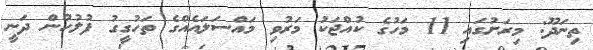
ތިނަދޫ: މިރަށުގައި 11 މަހުގެ ކުއްޖަކު މަރުވި މައްސަލައެއްގެ ތަހުގީގު ފުލުހުން ދަނީ